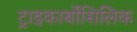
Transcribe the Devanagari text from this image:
ट्राइकार्बोसिलिक